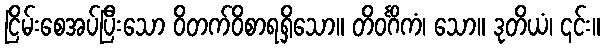
ငြိမ်းစေအပ်ပြီးသော ဝိတက်ဝိစာရရှိသော။ တိဝင်္ဂိကံ၊ သော။ ဒုတိယံ၊ ၎င်း။